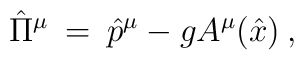
\hat \Pi^{\mu} \> = \>\hat p^{\mu}-gA^{\mu}(\hat x) \> ,